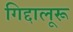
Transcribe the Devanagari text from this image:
गिद्दालूरू